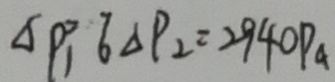
\Delta P _ { 1 } ^ { 2 } 6 _ { \Delta } P _ { 2 } = 2 9 4 0 P a